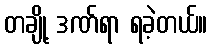
တချို့ ဒဏ်ရာ ရခဲ့တယ်။